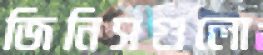
জিনিসগুলো